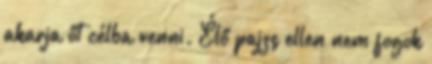
akarja őt célba venni. Élő pajzs ellen nem fogok